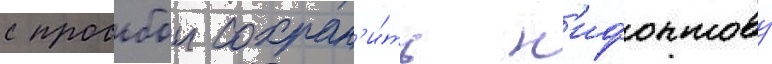
с просьбои сохран'и́ть н'ифонтову